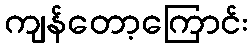
ကျန်တော့ကြောင်း